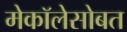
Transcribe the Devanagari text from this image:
मेकॉलेसोबत